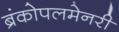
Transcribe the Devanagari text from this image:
ब्रंकोपलमेनरी